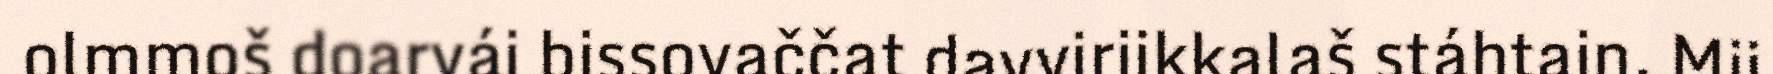
olmmoš doarvái bissovaččat davviriikkalaš stáhtain. Mii